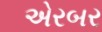
એરબર